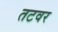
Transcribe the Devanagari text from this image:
तटवर